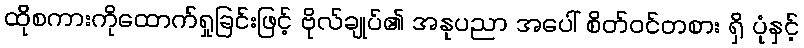
ထိုစကားကိုထောက်ရှုခြင်းဖြင့် ဗိုလ်ချုပ်၏ အနုပညာ အပေါ် စိတ်ဝင်တစား ရှိ ပုံနှင့်